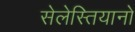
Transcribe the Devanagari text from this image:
सेलेस्तियानो